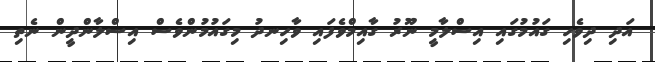
އަދި ދިވެހި ގައުމުގައި އިސްލާމީ ނޫރު ގާއިމްވެފައި ވާހިނދު މިގައުމުންވެސް އިސްލާންދީން ނެތި